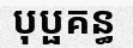
បុប្ផគន្ធ